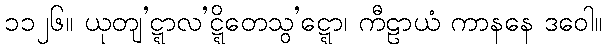
၁၁၂၆။ ယုတျ’ဋ္ဋာလ’ဋ္ဋိတေသွ’ဋ္ဋော၊ ကီဠာယံ ကာနနေ ဒဝေါ။